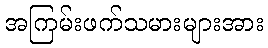
အကြမ်းဖက်သမားများအား